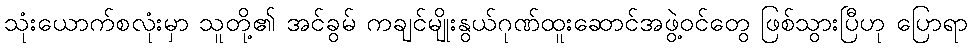
သုံးယောက်စလုံးမှာ သူတို့၏ အင်ခွမ် ကချင်မျိုးနွယ်ဂုဏ်ထူးဆောင်အဖွဲ့ဝင်တွေ ဖြစ်သွားပြီဟု ပြောရာ